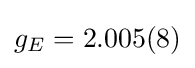
g_{E}=2.005(8)